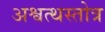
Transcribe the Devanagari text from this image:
अश्वत्थस्तोत्र